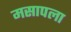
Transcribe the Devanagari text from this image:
मसापला